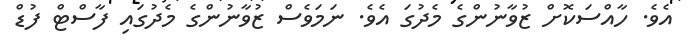
އެވެ. ހާއްސަކޮށް ޒުވާނުންގެ މެދުގަ އެވެ. ނަމަވެސް ޒުވާނުންގެ މެދުގައި ފާސްޓް ފުޑް